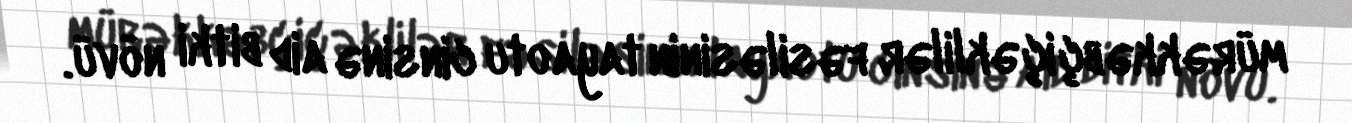
mürəkkəbçiçəklilər fəsiləsinin tayaotu cinsinə aid bitki növü.